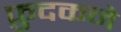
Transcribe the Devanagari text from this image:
फ़ुदकने